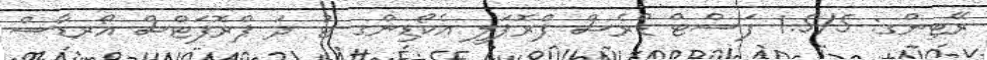
ރޭޓިންގ: 1.5/5 ފަސްޓް ޑްރެސް ޕްރޮޕަލީ އެކޯޑިންގ ޓު ދަ ޕްރޮފަޓްސް އޯރޑާސް